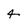
Character: 4